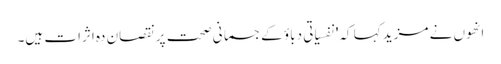
انھوں نے مزید کہا کہ'نفسیاتی دباؤ کےجسمانی صحت پر نقصان دہ اثرات ہیں۔